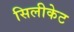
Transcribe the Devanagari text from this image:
सिलीकेट